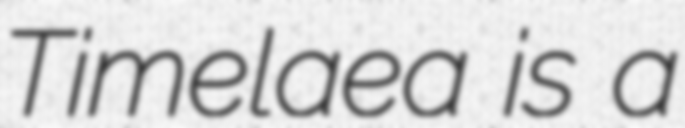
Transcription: Timelaea is a